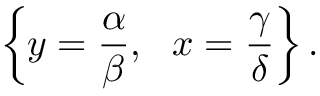
\left\{ y = { \frac { \alpha } { \beta } } , \ \ x = { \frac { \gamma } { \delta } } \right\} .